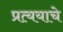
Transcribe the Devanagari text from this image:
प्रत्ययाचे